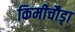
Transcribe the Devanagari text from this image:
किमीचौड़ा